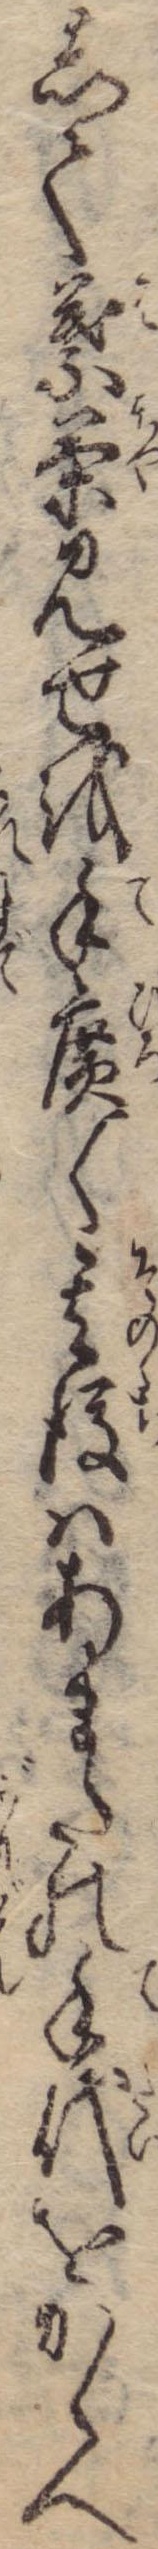
して葉茶見せを手広く其後はあまたの手代をかゝへ